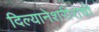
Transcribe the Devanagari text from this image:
दिल्यानेशरीराची